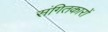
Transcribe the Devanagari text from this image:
संगितकारों